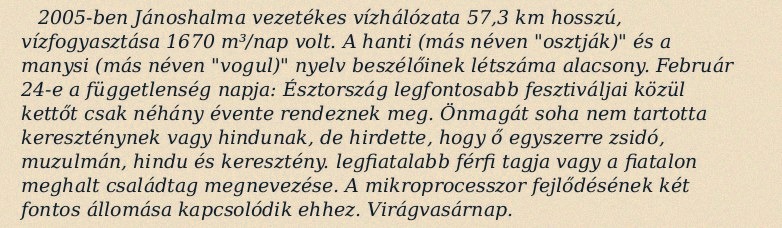
2005-ben Jánoshalma vezetékes vízhálózata 57,3 km hosszú, vízfogyasztása 1670 m³/nap volt. A hanti (más néven "osztják)" és a manysi (más néven "vogul)" nyelv beszélőinek létszáma alacsony. Február 24-e a függetlenség napja: Észtország legfontosabb fesztiváljai közül kettőt csak néhány évente rendeznek meg. Önmagát soha nem tartotta kereszténynek vagy hindunak, de hirdette, hogy ő egyszerre zsidó, muzulmán, hindu és keresztény. legfiatalabb férfi tagja vagy a fiatalon meghalt családtag megnevezése. A mikroprocesszor fejlődésének két fontos állomása kapcsolódik ehhez. Virágvasárnap.